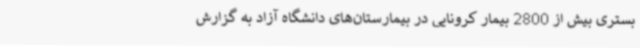
بستری بیش از 2800 بیمار کرونایی در بیمارستان‌های دانشگاه آزاد به گزارش